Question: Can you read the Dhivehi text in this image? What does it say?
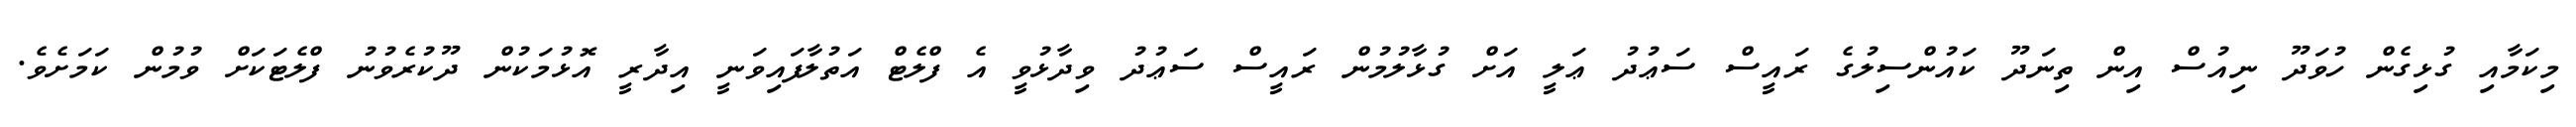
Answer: މިކަމާއި ގުޅިގެން ހުވަދޫ ނިއުސް އިން ތިނަދޫ ކައުންސިލުގެ ރައީސް ސަޢުދު ޢަލީ އަށް ގުޅާލުމުން ރައީސް ސަޢުދު ވިދާޅުވީ އެ ފްލެޓް އަތުލާފައިވަނީ އިދާރީ އޮޅުމަކުން ދޫކުރެވުނު ފްލެޓަކަށް ވުމުން ކަމަށެވެ.